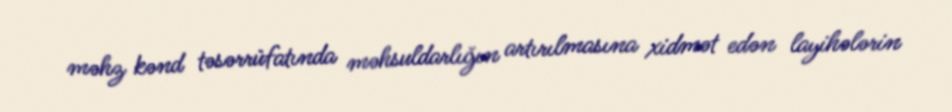
məhz kənd təsərrüfatında məhsuldarlığın artırılmasına xidmət edən layihələrin